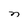
Character: n